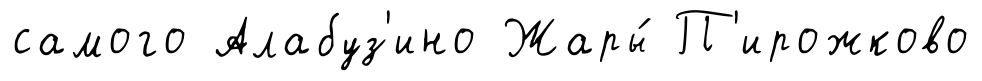
самого Алабуз'ино Жары́ П'ирожково